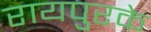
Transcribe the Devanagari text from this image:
रायपुरके